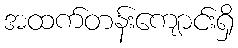
အထက်တန်းကျောင်းရှိ